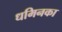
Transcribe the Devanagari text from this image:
धमिनका